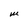
Character: M